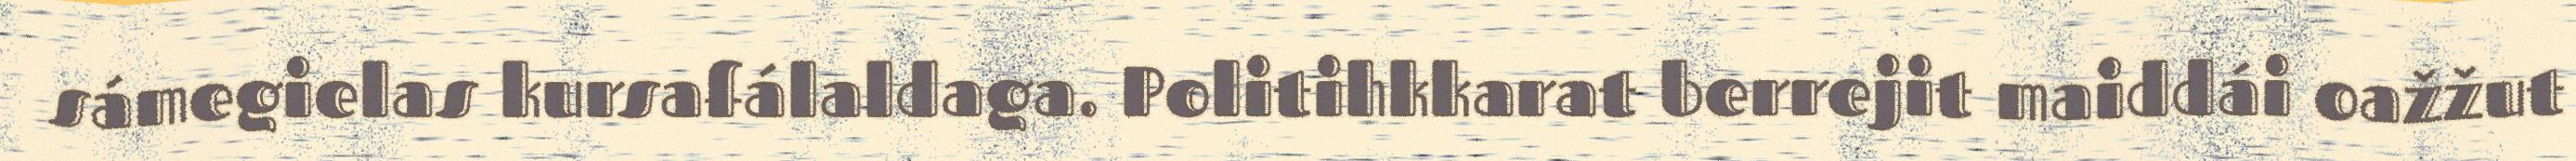
sámegielas kursafálaldaga. Politihkkarat berrejit maiddái oažžut